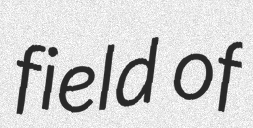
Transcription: field of